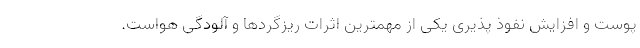
پوست و افزایش نفوذ پذیری یکی از مهمترین اثرات ریزگردها و آلودگی هواست.